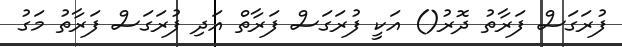
ފުރަގަސް ފަރާތު ދޮރު() އަކީ ފުރަގަސް ފަރާތް އަދި ފުރަގަސް ފަރާތު މަގު